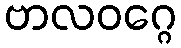
ဗာလဝဂ္ဂေ